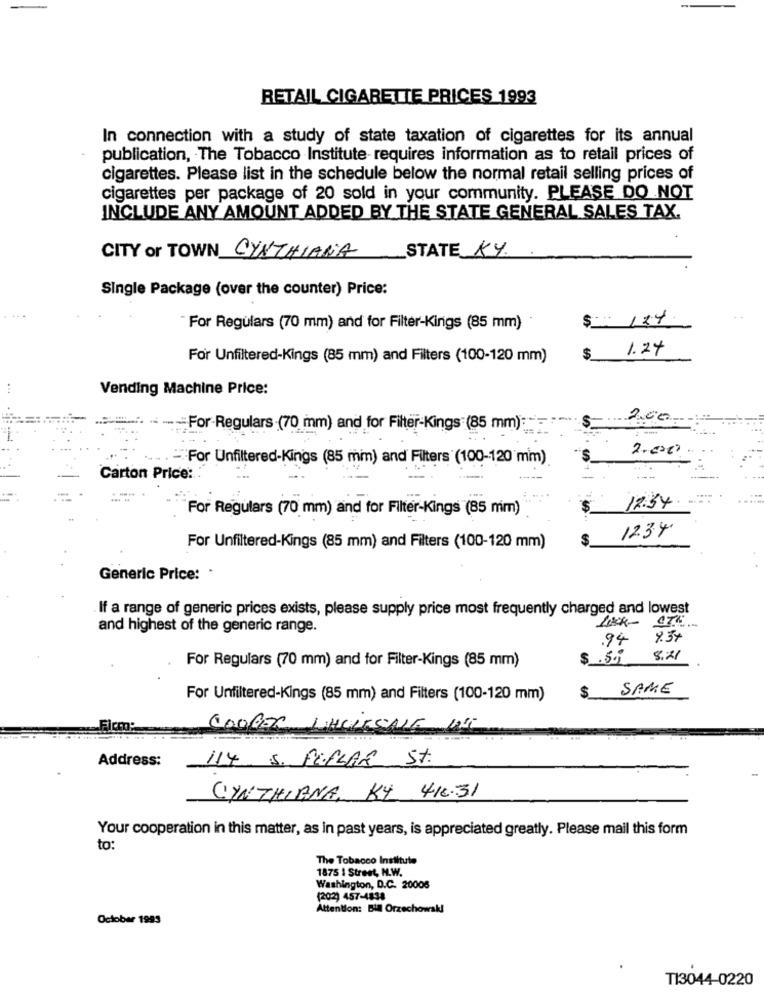
RETAIL CIGARETTE PRICES 1993
In connection with a study of state taxation of cigarettes for its annual
publication, The Tobacco Institute- requires information as to retail prices of
cigarettes. Please list in the schedule below the normal retail selling prices of
cigarettes per package of 20 sold in your community. PLEASE DO NOT
INCLUDE ANY AMOUNT ADDED BY THE STATE GENERAL SALES TAX.
STATE KY
CITY or TOWN CYNTHIANA
Single Package (over the counter) Price:
$ 124
For Regulars (70 mm) and for Filter-Kings (85 mm)
1.24
For Unfiltered-Kings (85 mm) and Filters (100-120 mm)
$
Vending Machine Price:
-For-Regulars (70 mm) and for Filter-Kings (85 mm):
2.000
-"For Unfiltered-Kings (85 mm) and Filters (100-120 mm)
Carton Price ::
12:34
For Regulars (70 mm) and for Filter-Kings (85 mm)
$
1234
For Unfiltered-Kings (85 mm) and Filters (100-120 mm)
Generic Price: .
If a range of generic prices exists, please supply price most frequently charged and lowest
LACK-
and highest of the generic range.
.94
7.34
$ .55
8.21
For Regulars (70 mm) and for Filter-Kings (85 mm)
$_ SAME
For Unfiltered-Kings (85 mm) and Filters (100-120 mm)
COOPER WHOLESALE IT
Address:
114 S. PELLAM St.
CYNTHIANA, KY 418.31
Your cooperation in this matter, as in past years, is appreciated greatly. Please mail this form
to:
The Tobacco Institute
1875 | Street, N.W.
Washington, D.C. 20008
(20:2) 457-4838
Attention: Bill Orzechowski
October 1995
TI3044-0220